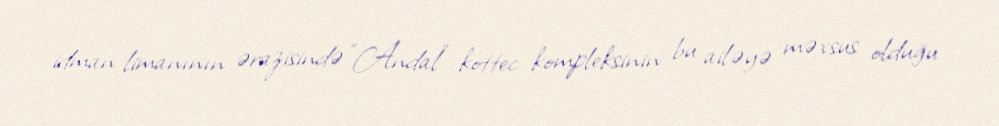
idman limanının ərazisində “Andal” kottec kompleksinin bu ailəyə məxsus olduğu